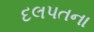
દલપતના